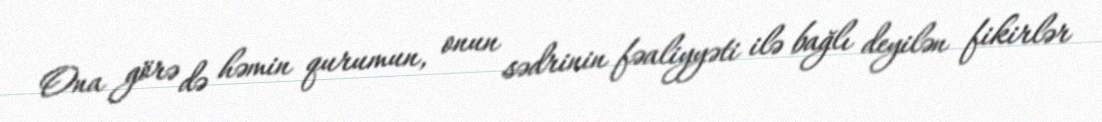
Ona görə də həmin qurumun, onun sədrinin fəaliyyəti ilə bağlı deyilən fikirlər